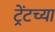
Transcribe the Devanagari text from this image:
ट्रेंटच्या